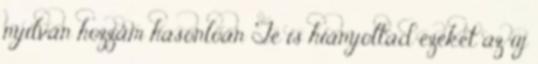
nyilván hozzám hasonlóan Te is hiányoltad ezeket az új